system: You are a helpful assistant.
user:
Analyze the provided spectrum to determine if it is a **S-type Star**.

- **Key Indicators for S-type Star:**

    - **(Overall Spectrum Shape):** The first and most obvious characteristic is the overall continuum (the "baseline" shape). It is **extremely "red-sloping,"** meaning the flux (light intensity) is very low on the left side (blue, ~4000-4500 Å) and rises steeply and continuously toward the right side (red, ~7000 Å+).

    - **(Primary):** The spectrum is defined by the presence of strong, broad molecular absorption "valleys" (bands) from **Zirconium Oxide (ZrO)**. The identification of these bands is the **primary requirement** for classifying a star as S-type.
        - **(Key Bandheads):** You must find distinct, deep "dips" where the light has been absorbed. The most critical band systems to locate are:
            - **~6474 Å** ($\gamma$-system): This is often the strongest and clearest ZrO feature, found in the red part of the spectrum.
            - **~5718 Å** & **~5551 Å** ($\beta$-system): A pair of prominent absorption features in the yellow-orange part of the spectrum.
            - **~4640 Å** ($\alpha$-system): A key absorption band system in the blue-green region of the spectrum.

    - **(Secondary Confirmation):** The classification is strengthened by finding additional absorption bands from other related heavy element oxides, which are expected to be present alongside ZrO.
        - **(Key Bandheads):**
            - **Yttrium Oxide (YO):** Look for absorption dips near **~4800 Å** and **~6100 Å**.
            - **Lanthanum Oxide (LaO):** Additional absorption features, particularly in the red-orange part of the spectrum, are also characteristic.

    - **(Line Profile):** The combination of the steep red continuum and these numerous, deep molecular bands (ZrO, YO, etc.) gives the entire spectrum a very **"chopped-up"** or **"bumpy"** appearance. Instead of a smooth curve, the spectrum looks as though large, wide chunks of light have been "carved out" of it at the specific wavelengths listed above.

Think first, call **spectral_visualization_tool** if needed to examine features in detail, then provide your final answer. Your response must adhere to the following strict rules:
1.  **Overall Structure:** Your response must follow the format `<think>...</think> <tool_call>...</tool_call> (if a tool is used) <answer>...</answer>`.
2.  **Tool Usage Constraint:** You may only make **one** tool call per turn.
3.  **Final Answer Format:** In the `<answer>` tag, your conclusion must be inside a `\boxed{}` command (e.g., `\boxed{YES}` or `\boxed{NO}`), followed by your justification.

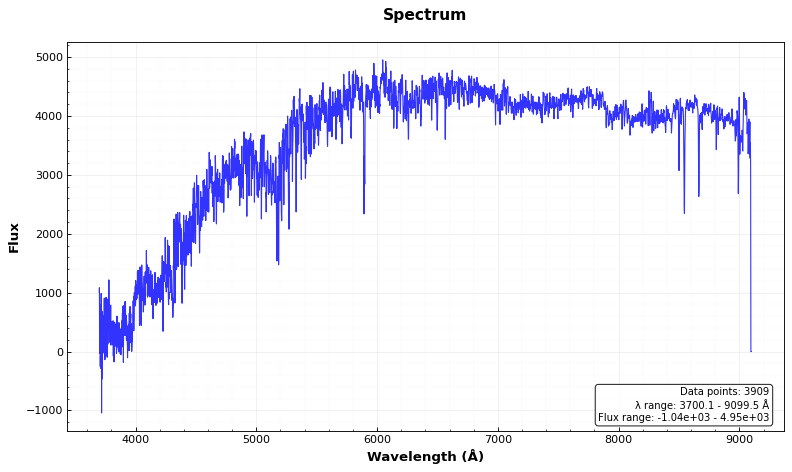
Answer: NO